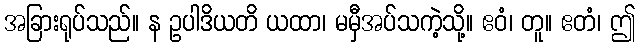
အခြားရုပ်သည်။ န ဥပါဒိယတိ ယထာ၊ မမှီအပ်သကဲ့သို့။ ဧဝံ၊ တူ။ ဧတံ၊ ဤ